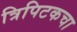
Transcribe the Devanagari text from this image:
त्रिपिटकचा